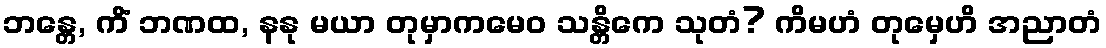
ဘန္တေ, ကိံ ဘဏထ, နနု မယာ တုမှာကမေဝ သန္တိကေ သုတံ? ကိမဟံ တုမှေဟိ အညာတံ